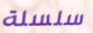
سلسلة